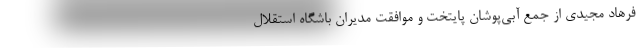
فرهاد مجیدی از جمع آبی‌پوشان پایتخت و موافقت مدیران باشگاه استقلال